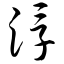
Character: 浮